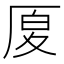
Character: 𠩴